Lunatic asylums Central Provinces reports 1886-1894 - 1886-1894
Year: 1886
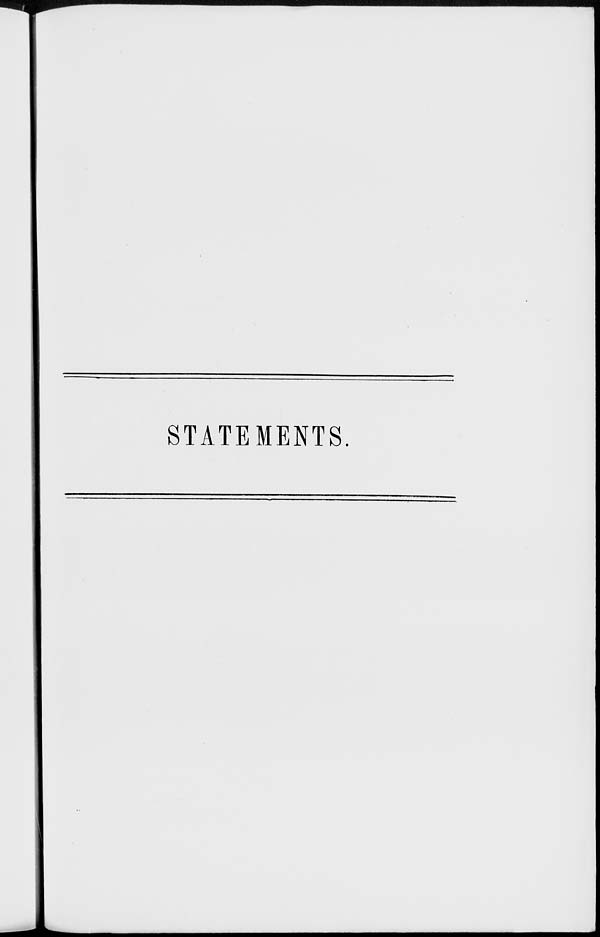
STATEMENTS.